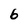
Character: 6